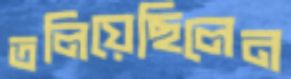
তলিয়েছিলেন